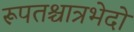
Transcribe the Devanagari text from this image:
रूपतश्चात्रभेदो